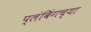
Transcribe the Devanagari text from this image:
प्लंबिंगच्या